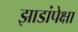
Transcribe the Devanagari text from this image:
झाडांपेक्षा